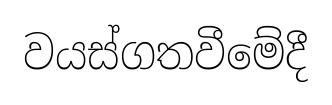
වයස්ගතවීමේදී